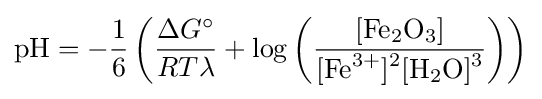
{\mathrm {pH} }=-{\frac {1}{6}}\left({\frac {\Delta G^{\circ }}{RT\lambda }}+\log \left({\frac {[\mathrm {Fe} {\vphantom {A}}_{\smash[{t}]{2}}\mathrm {O} {\vphantom {A}}_{\smash[{t}]{3}}]}{[\mathrm {Fe} {\vphantom {A}}^{3+}]{\vphantom {A}}^{2}[\mathrm {H} {\vphantom {A}}_{\smash[{t}]{2}}\mathrm {O} ]{\vphantom {A}}^{3}}}\right)\right)